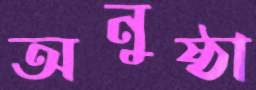
অনুষ্ঠা